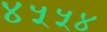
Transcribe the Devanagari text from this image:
४५५४